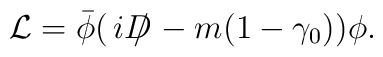
{\cal L}={\bar{\phi}}(\,i{D\hspace{-0.6em}\slash \hspace{0.15em}}-m(1-\gamma_{0}))\phi .